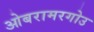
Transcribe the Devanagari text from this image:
ओबरामरगोउ